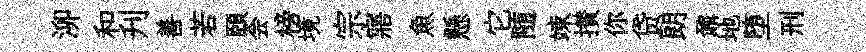
泖和刋善若頤会榜境宗寤魚懸它随竦攅你贷朗鼐地堕刑